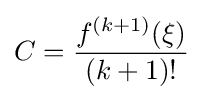
C={\frac {f^{(k+1)}(\xi )}{(k+1)!}}